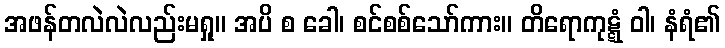
အဖန်တလဲလဲလည်းမရှု။ အပိ စ ခေါ၊ စင်စစ်သော်ကား။ တိရောကုဋ္ဋံ ဝါ၊ နံရံ၏